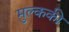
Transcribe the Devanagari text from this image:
मुल्ककी